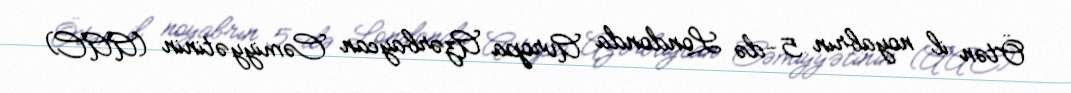
Ötən il noyabrın 5-də Londonda Avropa Azərbaycan Cəmiyyətinin (AAC)